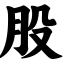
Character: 股